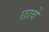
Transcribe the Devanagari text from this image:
छावें